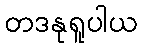
တဒနုရူပါယ